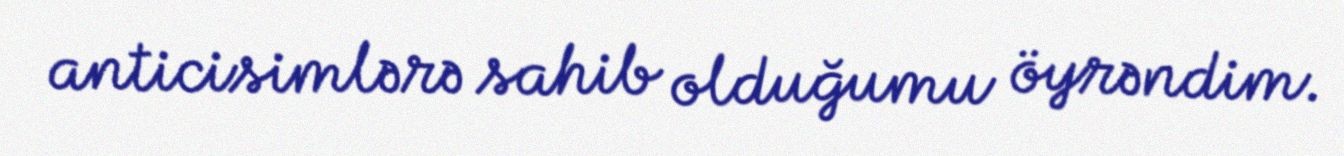
anticisimlərə sahib olduğumu öyrəndim.